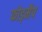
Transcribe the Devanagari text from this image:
फोड्मैप